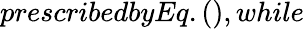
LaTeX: prescribedbyEq.(),while